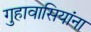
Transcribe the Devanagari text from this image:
गुहावासियांना